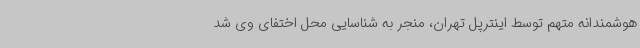
هوشمندانه متهم توسط اینترپل تهران، منجر به شناسایی محل اختفای وی شد